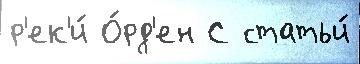
р'ек'и́ О́рд'ен С статьи́